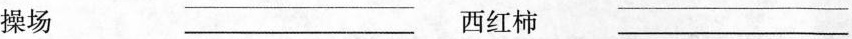
操场 ___ 西红柿 ___